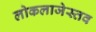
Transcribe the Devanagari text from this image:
लोकलाजेस्तव